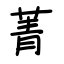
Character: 菁